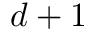
d + 1